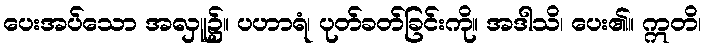
ပေးအပ်သော အလှူ၌။ ပဟာရံ၊ ပုတ်ခတ်ခြင်းကို။ အဒါသိ၊ ပေး၏။ ဣတိ၊